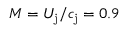
M = U _ { \mathrm { j } } / c _ { \mathrm { j } } = 0 . 9